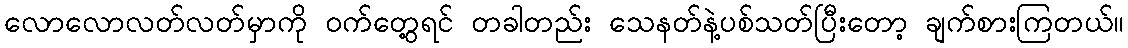
လောလောလတ်လတ်မှာကို ဝက်တွေ့ရင် တခါတည်း သေနတ်နဲ့ပစ်သတ်ပြီးတော့ ချက်စားကြတယ်။